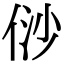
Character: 𠈱